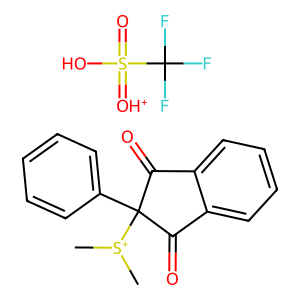
SMILES: C[S+](C)C1(c2ccccc2)C(=O)c2ccccc2C1=O.O=S(O)(=[OH+])C(F)(F)F
Inhibits HIV replication: No